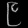
Digit: ၉